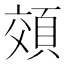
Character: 頝